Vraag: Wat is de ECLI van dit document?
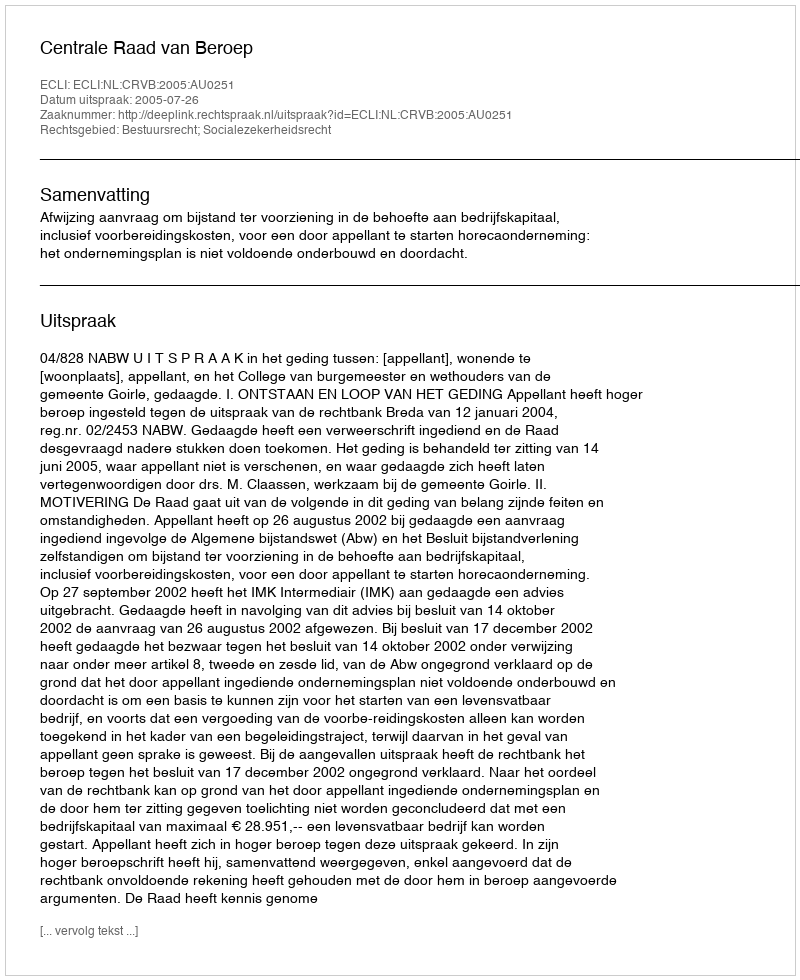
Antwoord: ECLI:NL:CRVB:2005:AU0251